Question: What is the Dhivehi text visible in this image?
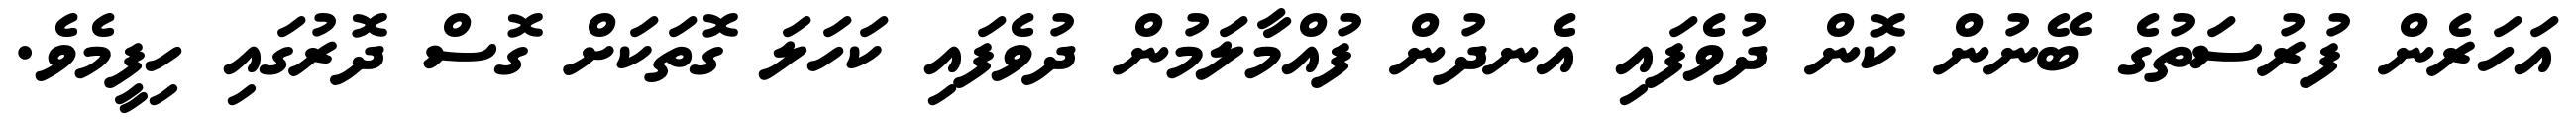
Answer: އަހަރެން ފުރުސަތުގެ ބޭނުން ކޮން ދުވެފައި އެނދުން ފުއްމާލަމުން ދުވެފައި ކަހަލަ ގޮތަކަށް ގޮސް ދޮރުގައި ހިފީމެވެ.